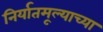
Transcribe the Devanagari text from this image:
निर्यातमूल्याच्या